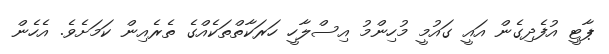
ޕާޓީ އުފެދިގެން އައީ ގައުމީ މުހިންމު އިސްލާހީ ހަރަކާތްތަކެއްގެ ތެރެއިން ކަމަށެވެ. އެހެން